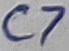
Text: C7